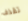
تقذف